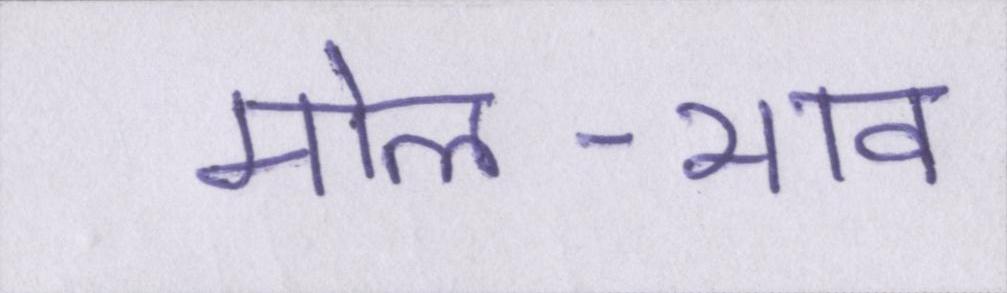
मोल-भाव